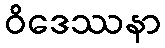
ဝိဒေဿနာ